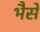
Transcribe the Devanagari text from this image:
भैसे